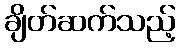
ချိတ်ဆက်သည့်